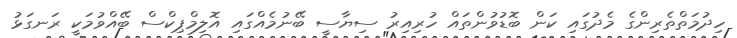
ހިދުމަތްތެރިންގެ މެދުގައި ކަން ބޮޑުވުންތައް ހުރިއިރު ސިޔާސީ ބޭނުމެއްގައި އޮލިމްޕިކްސް ބޭއްވުމަކީ ރަނގަޅު